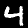
Label: 4